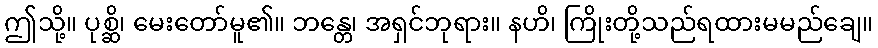
ဤသို့။ ပုစ္ဆိ၊ မေးတော်မူ၏။ ဘန္တေ၊ အရှင်ဘုရား။ နဟိ၊ ကြိုးတို့သည်ရထားမမည်ချေ။